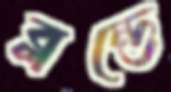
ব্লন্ডে